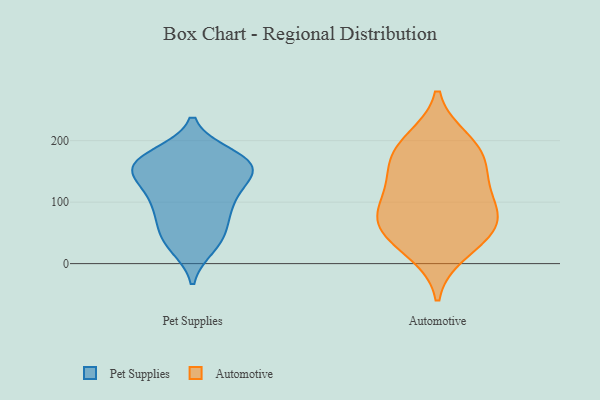
{"axis": {"x": "Waste Production (Tons)", "y": "Value"}, "legend": ["Automotive", "Pet Supplies"], "data": [{"x": "", "y": 159, "type": "Pet Supplies"}, {"x": "", "y": 69, "type": "Pet Supplies"}, {"x": "", "y": 42, "type": "Pet Supplies"}, {"x": "", "y": 167, "type": "Pet Supplies"}, {"x": "", "y": 27, "type": "Pet Supplies"}, {"x": "", "y": 57, "type": "Pet Supplies"}, {"x": "", "y": 177, "type": "Pet Supplies"}, {"x": "", "y": 143, "type": "Pet Supplies"}, {"x": "", "y": 158, "type": "Pet Supplies"}, {"x": "", "y": 177, "type": "Pet Supplies"}, {"x": "", "y": 91, "type": "Pet Supplies"}, {"x": "", "y": 108, "type": "Pet Supplies"}, {"x": "", "y": 158, "type": "Pet Supplies"}, {"x": "", "y": 129, "type": "Pet Supplies"}, {"x": "", "y": 159, "type": "Pet Supplies"}, {"x": "", "y": 91, "type": "Pet Supplies"}, {"x": "", "y": 30, "type": "Pet Supplies"}, {"x": "", "y": 112, "type": "Pet Supplies"}, {"x": "", "y": 152, "type": "Pet Supplies"}, {"x": "", "y": 20, "type": "Automotive"}, {"x": "", "y": 68, "type": "Automotive"}, {"x": "", "y": 146, "type": "Automotive"}, {"x": "", "y": 186, "type": "Automotive"}, {"x": "", "y": 91, "type": "Automotive"}, {"x": "", "y": 128, "type": "Automotive"}, {"x": "", "y": 87, "type": "Automotive"}, {"x": "", "y": 200, "type": "Automotive"}, {"x": "", "y": 174, "type": "Automotive"}, {"x": "", "y": 51, "type": "Automotive"}, {"x": "", "y": 53, "type": "Automotive"}]}